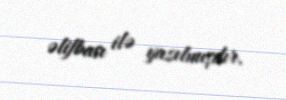
əlifbası ilə yazılmışdır.